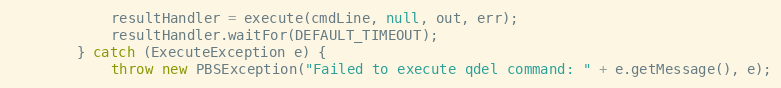
Language: Java
            resultHandler = execute(cmdLine, null, out, err);
            resultHandler.waitFor(DEFAULT_TIMEOUT);
        } catch (ExecuteException e) {
            throw new PBSException("Failed to execute qdel command: " + e.getMessage(), e);